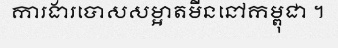
ការងារបោសសម្អាតមីននៅកម្ពុជា ។